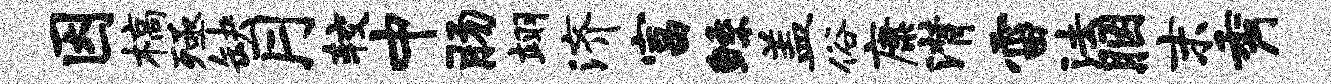
因槁殛缺月较中肠翊济富鲧盖俗康潸雷法胭末秀